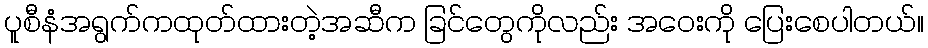
ပူစီနံအရွက်ကထုတ်ထားတဲ့အဆီက ခြင်တွေကိုလည်း အဝေးကို ပြေးစေပါတယ်။